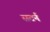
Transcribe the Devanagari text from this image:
सटर्न